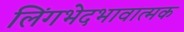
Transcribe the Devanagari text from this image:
लिंगभेदभावात्मक